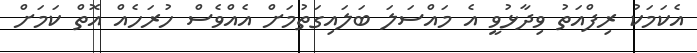
އެކަމަކު ރިފްއަތު ވިދާޅުވީ އެ މައްސަލަ ބަލައިގަތުމަށް އެއްވެސް ހުރަހެއް އޮތް ކަމަށް